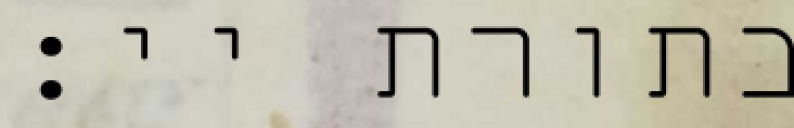
בתורת יי: